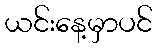
ယင်းနေ့မှာပင်